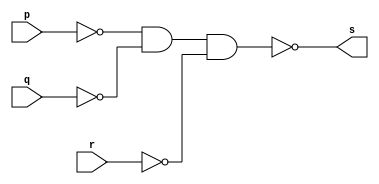
// ------------------------- 
// Exemplo0010 - OR 
// Nome: Guilherme Andrade Salum Terra 
// ------------------------- 

// ------------------------- 
// -- or gate 
// ------------------------- 
	module orgate ( output s, input p, q, r); 
	assign s = ~(~p & ~q & ~r); // por de Morgan
	endmodule // orgate 
	
// --------------------- 
// -- test or gate 
// --------------------- 
	module testorgate; 
// ------------------------- dados locais 
	reg a, b, c; // definir registradores 
	wire s; // definir conexao (fio) 
// ------------------------- instancia 
	orgate OR1 (s, a, b, c); 
// ------------------------- preparacao 
	initial begin:start 
		a=0; b=0; c=0; 
	end 
// ------------------------- parte principal 
	initial begin 
		$display("Exemplo0010 - Guilherme Terra - 427407"); 
		$display("Test OR gate"); 
		$display("\na | b | c = s\n"); 
		a=0; b=0; c=0; 
	#1 $display("%b | %b | %b = %b", a, b, c, s); 
		a=0; b=0; c=1; 
	#1 $display("%b | %b | %b = %b", a, b, c, s); 
		a=0; b=1; c=0; 
	#1 $display("%b | %b | %b = %b", a, b, c, s); 
		a=0; b=1; c=1; 
	#1 $display("%b | %b | %b = %b", a, b, c, s); 
		a=1; b=0; c=0; 
	#1 $display("%b | %b | %b = %b", a, b, c, s);
		a=1; b=0; c=1; 
	#1 $display("%b | %b | %b = %b", a, b, c, s);
		a=1; b=1; c=0; 
	#1 $display("%b | %b | %b = %b", a, b, c, s);
		a=1; b=1; c=1; 
	#1 $display("%b | %b | %b = %b", a, b, c, s);
	end 

endmodule // testorgate 

// ------------------------- testes

/*
	Test OR gate

	a | b | c = s

	0 | 0 | 0 = 0
	0 | 0 | 1 = 1
	0 | 1 | 0 = 1
	0 | 1 | 1 = 1
	1 | 0 | 0 = 1
	1 | 0 | 1 = 1
	1 | 1 | 0 = 1
	1 | 1 | 1 = 1
*/